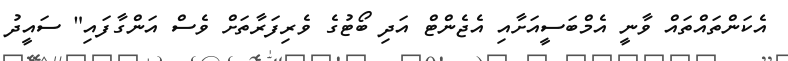
އެކަންތައްތައް ވާނީ އެމްބަސީއަށާއި އެޖެންޓް އަދި ބޯޓުގެ ވެރިފަރާތަށް ވެސް އަންގާފައި" ސައީދު